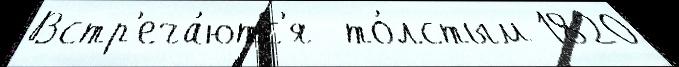
Встр'еча́ютс'я  то́лстым 1820